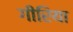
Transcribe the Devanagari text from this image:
गीरिया